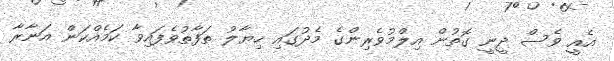
އެއީ ވެސް ދީނީ ގޮތުން އިލްމުވެރިންގެ މެދުގައި ހިޔާލު ތަފާތުވެފައިވާ ކަމެއްކަން އަނާރާ